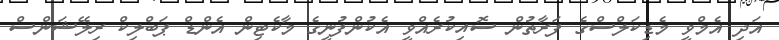
އަދި އެމްވީ މެޑިކަލްސްގެ ފަރާތުން ސޮއިކުރެއްވީ އެކުންފުނީގެ މާކެޓިން އެންޑް ޕަބްލިކް ރިލޭޝަންސް